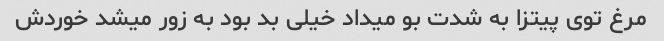
مرغ توی پیتزا به شدت بو میداد خیلی بد بود به زور میشد خوردش